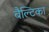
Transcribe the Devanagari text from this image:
बैल्टिका